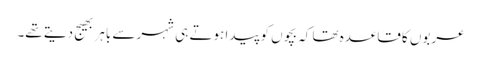
عربوں کا قاعدہ تھا کہ بچوں کو پیدا ہوتے ہی شہر سے باہر بھیج دیتے تھے۔